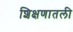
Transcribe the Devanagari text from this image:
शिक्षणातली